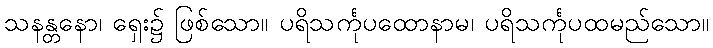
သနန္တနော၊ ရှေး၌ ဖြစ်သော။ ပရိသင်္ကုပထောနာမ၊ ပရိသင်္ကုပထမည်သော။